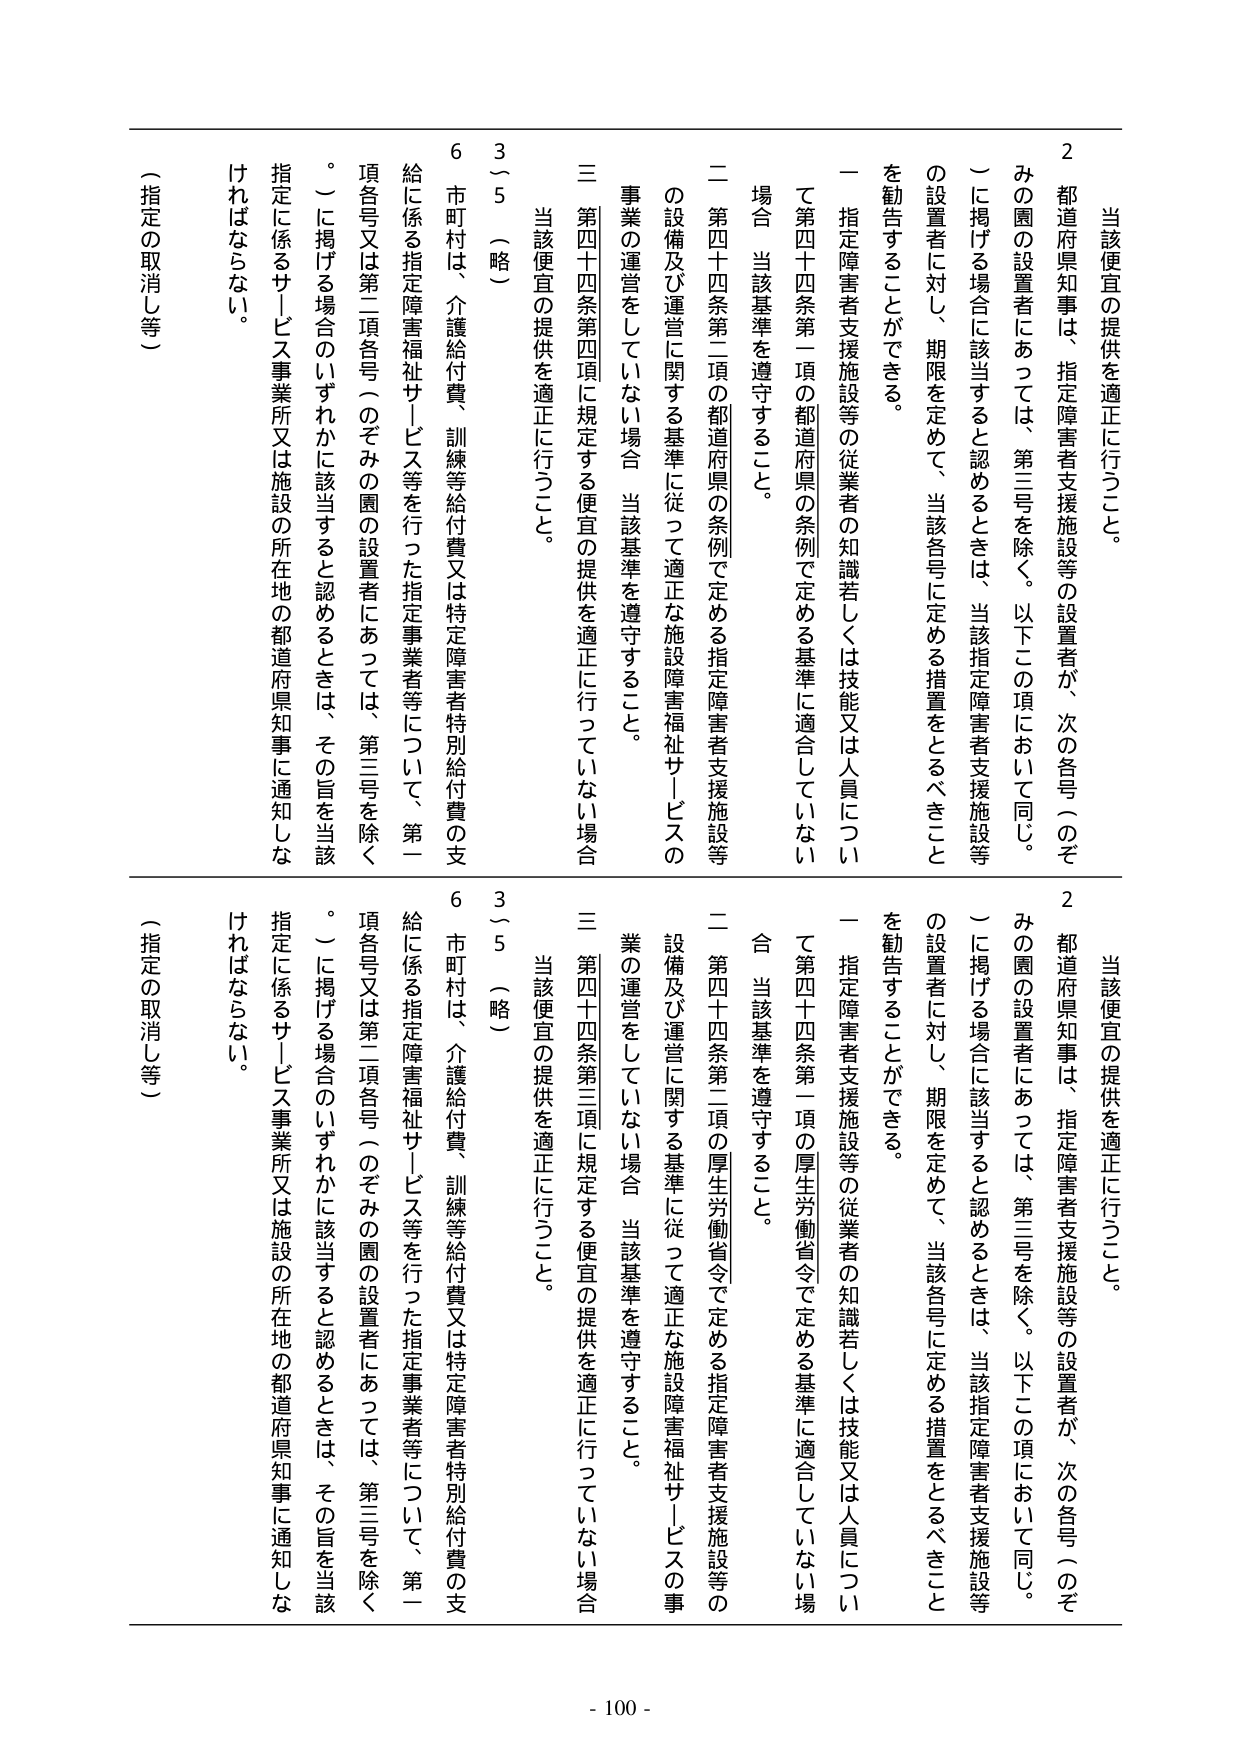
当該便宜の提供を適正に行うこと。

２ 都道府県知事は、指定障害者支援施設等の設置者が、次の各号（そのみの園の設置者にあっては、第三号を除く。以下この項において同じ。）に掲げる場合に該当すると認めるときは、当該指定障害者支援施設等の設置者に対し、期限を定めて、当該各号に定める措置をとるべきことを勧告することができる。

一 指定障害者支援施設等の従業者の知識若しくは技能又は人員について第四十四条第一項の都道府県の条例で定める基準に適合していない場合 当該基準を遵守すること。

二 第四十四条第二項の都道府県の条例で定める指定障害者支援施設等の設備及び運営に関する基準に従って適正な施設障害福祉サービスの事業の運営をしていない場合 当該基準を遵守すること。

三 第四十四条第四項に規定する便宜の提供を適正に行っていない場合 当該便宜の提供を適正に行うこと。

３～５ （略）

６ 市町村は、介護給付費、訓練等給付費又は特定障害者特別給付費の支給に係る指定障害福祉サービス等を行った指定事業者等について、第一項各号又は第二項各号（そのみの園の設置者にあっては、第三号を除く。）に掲げる場合のいずれかに該当すると認めるときは、その旨を当該指定に係るサービス事業所又は施設の所在地の都道府県知事に通知しなければならない。

（指定の取消し等）

当該便宜の提供を適正に行うこと。

２ 都道府県知事は、指定障害者支援施設等の設置者が、次の各号（そのみの園の設置者にあっては、第三号を除く。以下この項において同じ。）に掲げる場合に該当すると認めるときは、当該指定障害者支援施設等の設置者に対し、期限を定めて、当該各号に定める措置をとるべきことを勧告することができる。

一 指定障害者支援施設等の従業者の知識若しくは技能又は人員について第四十四条第一項の厚生労働省令で定める基準に適合していない場合 当該基準を遵守すること。

二 第四十四条第二項の厚生労働省令で定める指定障害者支援施設等の設備及び運営に関する基準に従って適正な施設障害福祉サービスの事業の運営をしていない場合 当該基準を遵守すること。

三 第四十四条第三項に規定する便宜の提供を適正に行っていない場合 当該便宜の提供を適正に行うこと。

３～５ （略）

６ 市町村は、介護給付費、訓練等給付費又は特定障害者特別給付費の支給に係る指定障害福祉サービス等を行った指定事業者等について、第一項各号又は第二項各号（そのみの園の設置者にあっては、第三号を除く。）に掲げる場合のいずれかに該当すると認めるときは、その旨を当該指定に係るサービス事業所又は施設の所在地の都道府県知事に通知しなければならない。

（指定の取消し等）

- 100 -